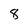
Character: 8